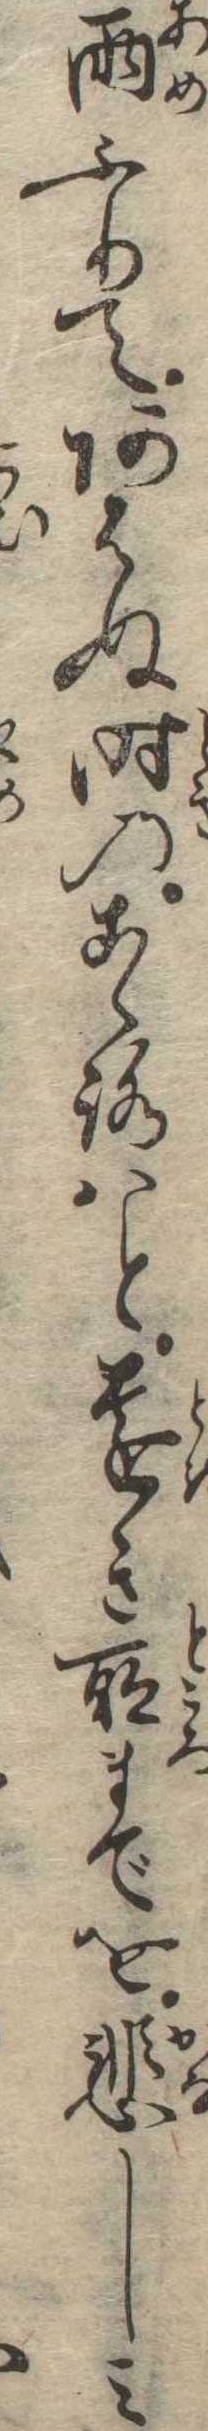
雨ふりてあはぬ時のこゝろはと遠き所までを悲しみ